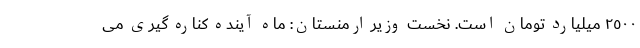
٢٥٠٠ میلیارد تومان است. نخست وزیر ارمنستان: ماه آینده کناره گیری می